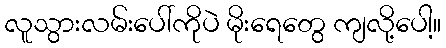
လူသွားလမ်းပေါ်ကိုပဲ မိုးရေတွေ ကျလို့ပေါ့။